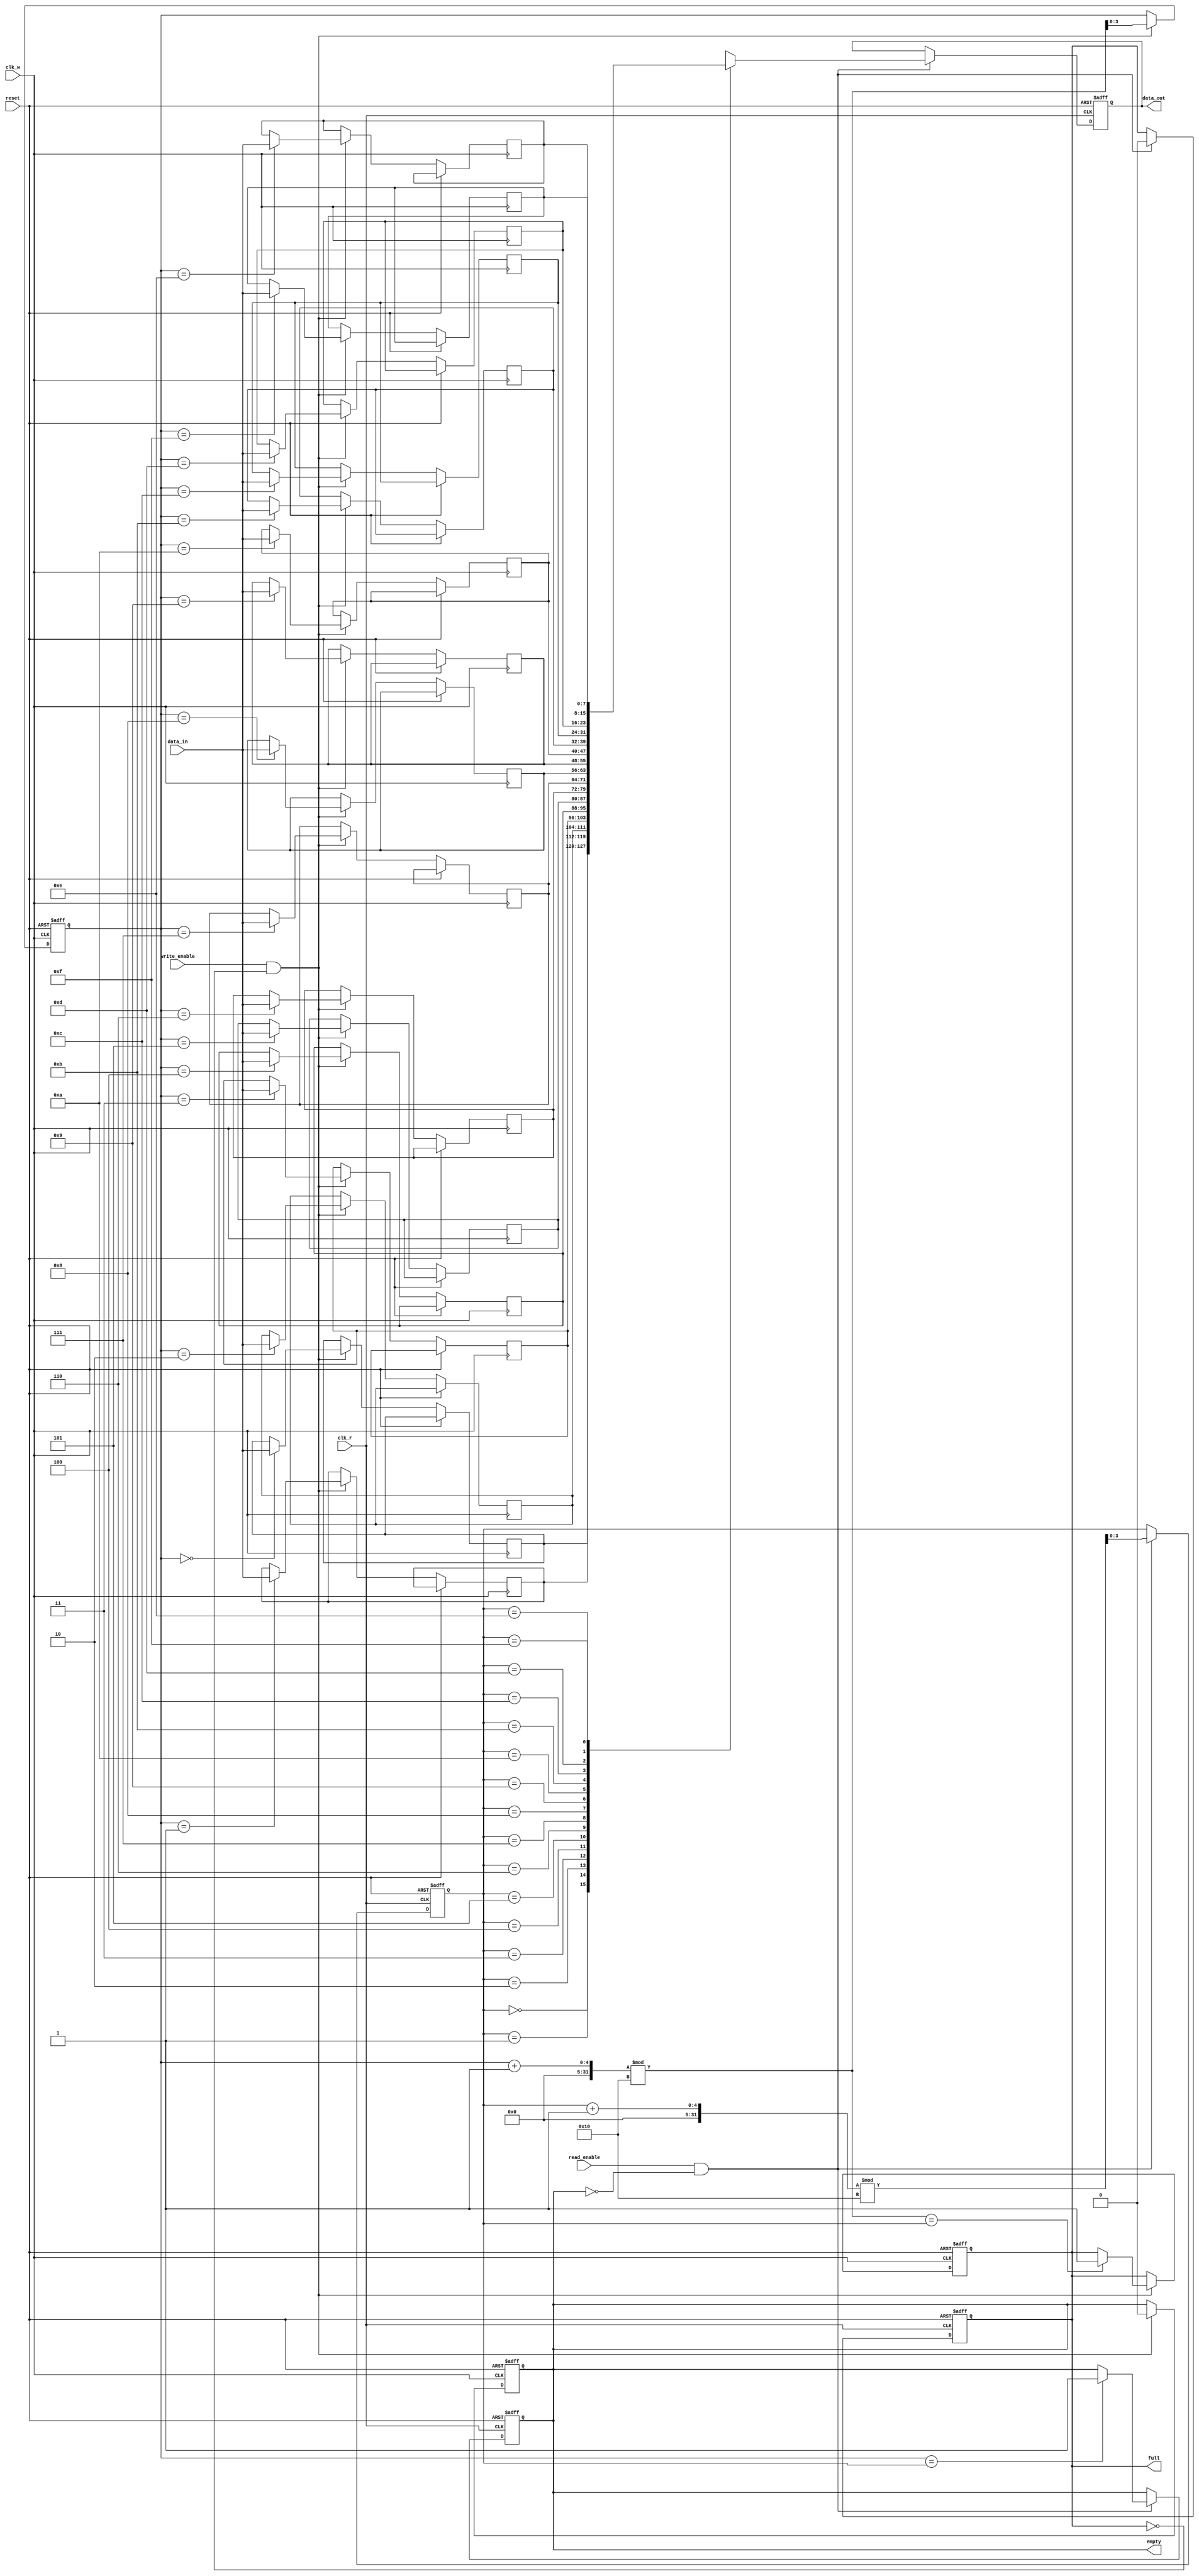
module fifo_sram #(
    parameter DATA_WIDTH = 8,  // Configurable data width
    parameter DEPTH = 16        // Configurable depth (must be a power of 2)
)(
    input wire                  clk_w,          // Write clock
    input wire                  clk_r,          // Read clock
    input wire [DATA_WIDTH-1:0] data_in,       // Data input
    input wire                  write_enable,   // Write enable signal
    input wire                  read_enable,    // Read enable signal
    input wire                  reset,          // Reset signal
    output reg [DATA_WIDTH-1:0] data_out,      // Data output
    output reg                  full,           // Full flag
    output reg                  empty           // Empty flag
);

    // Memory array
    reg [DATA_WIDTH-1:0] mem [0:DEPTH-1];

    // Pointer registers
    reg [$clog2(DEPTH)-1:0] wp; // Write pointer
    reg [$clog2(DEPTH)-1:0] rp; // Read pointer

    // Initialize pointers and flags
    initial begin
        wp = 0;
        rp = 0;
        full = 0;
        empty = 1;
    end

    // Write logic
    always @(posedge clk_w or posedge reset) begin
        if (reset) begin
            wp <= 0;
            full <= 0;
            empty <= 1;
        end else if (write_enable && !full) begin
            mem[wp] <= data_in; // Write data to memory
            wp <= (wp + 1) % DEPTH; // Increment write pointer with wrap-around
            empty <= 0; // FIFO is not empty after write
            // Check for full condition
            if ((wp + 1) % DEPTH == rp) begin
                full <= 1; // FIFO is full
            end
        end
    end

    // Read logic
    always @(posedge clk_r or posedge reset) begin
        if (reset) begin
            rp <= 0;
            full <= 0;
            empty <= 1;
            data_out <= 0;
        end else if (read_enable && !empty) begin
            data_out <= mem[rp]; // Read data from memory
            rp <= (rp + 1) % DEPTH; // Increment read pointer with wrap-around
            full <= 0; // FIFO is not full after read
            // Check for empty condition
            if (wp == rp) begin
                empty <= 1; // FIFO is empty
            end
        end
    end

endmodule